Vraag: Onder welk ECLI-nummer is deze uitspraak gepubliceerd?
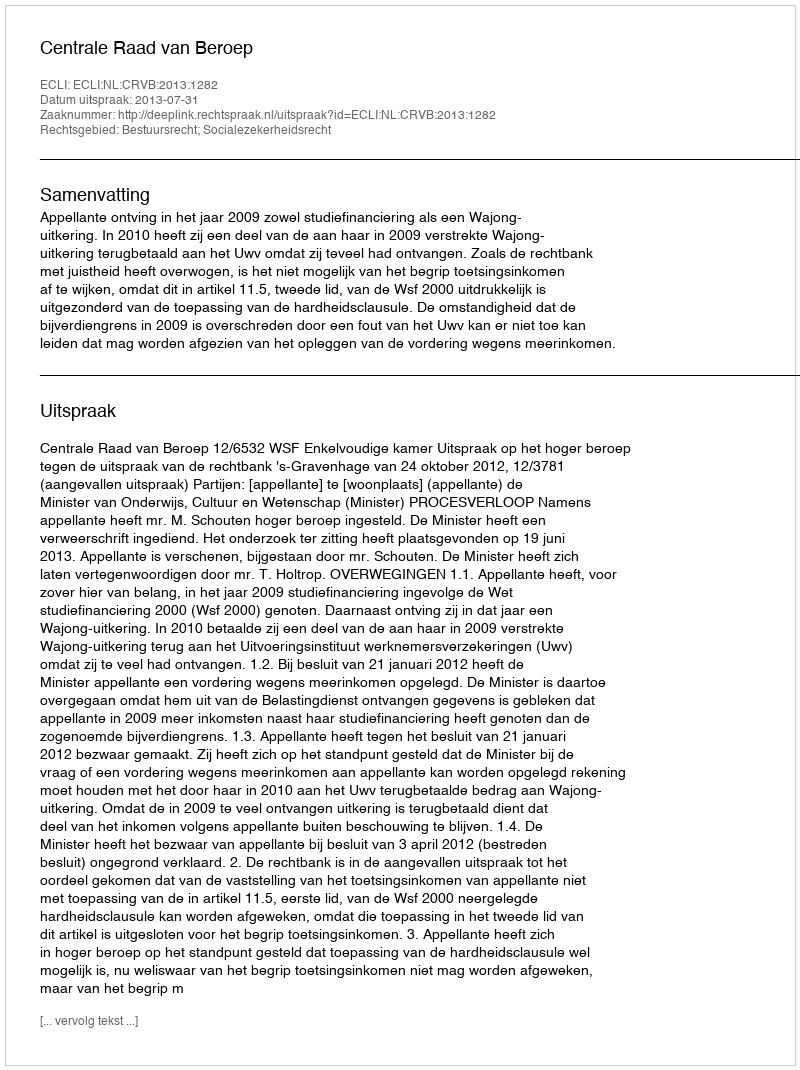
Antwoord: ECLI:NL:CRVB:2013:1282